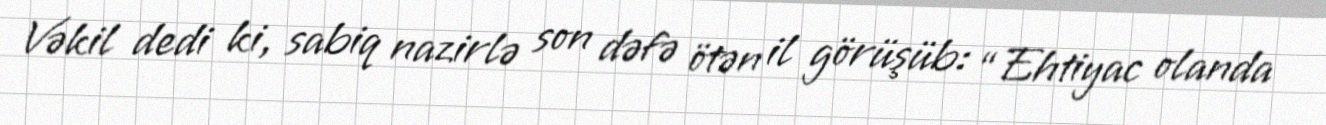
Vəkil dedi ki, sabiq nazirlə son dəfə ötən il görüşüb: “Ehtiyac olanda